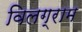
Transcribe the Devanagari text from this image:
विलग्राम